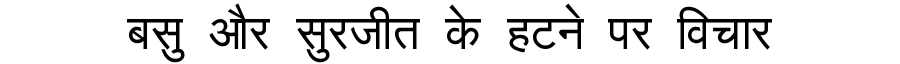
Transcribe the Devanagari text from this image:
बसु और सुरजीत के हटने पर विचार